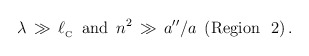
\begin{align*}\lambda \, \gg \, \ell _{_{\rm C}} \,\,\, {\rm{and}} \,\,\, n^2 \, \gg \, a''/a \,\,\, ({\rm{Region \ \ 2}}) \, .\end{align*}